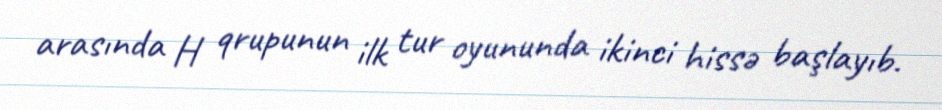
arasında H qrupunun ilk tur oyununda ikinci hissə başlayıb.